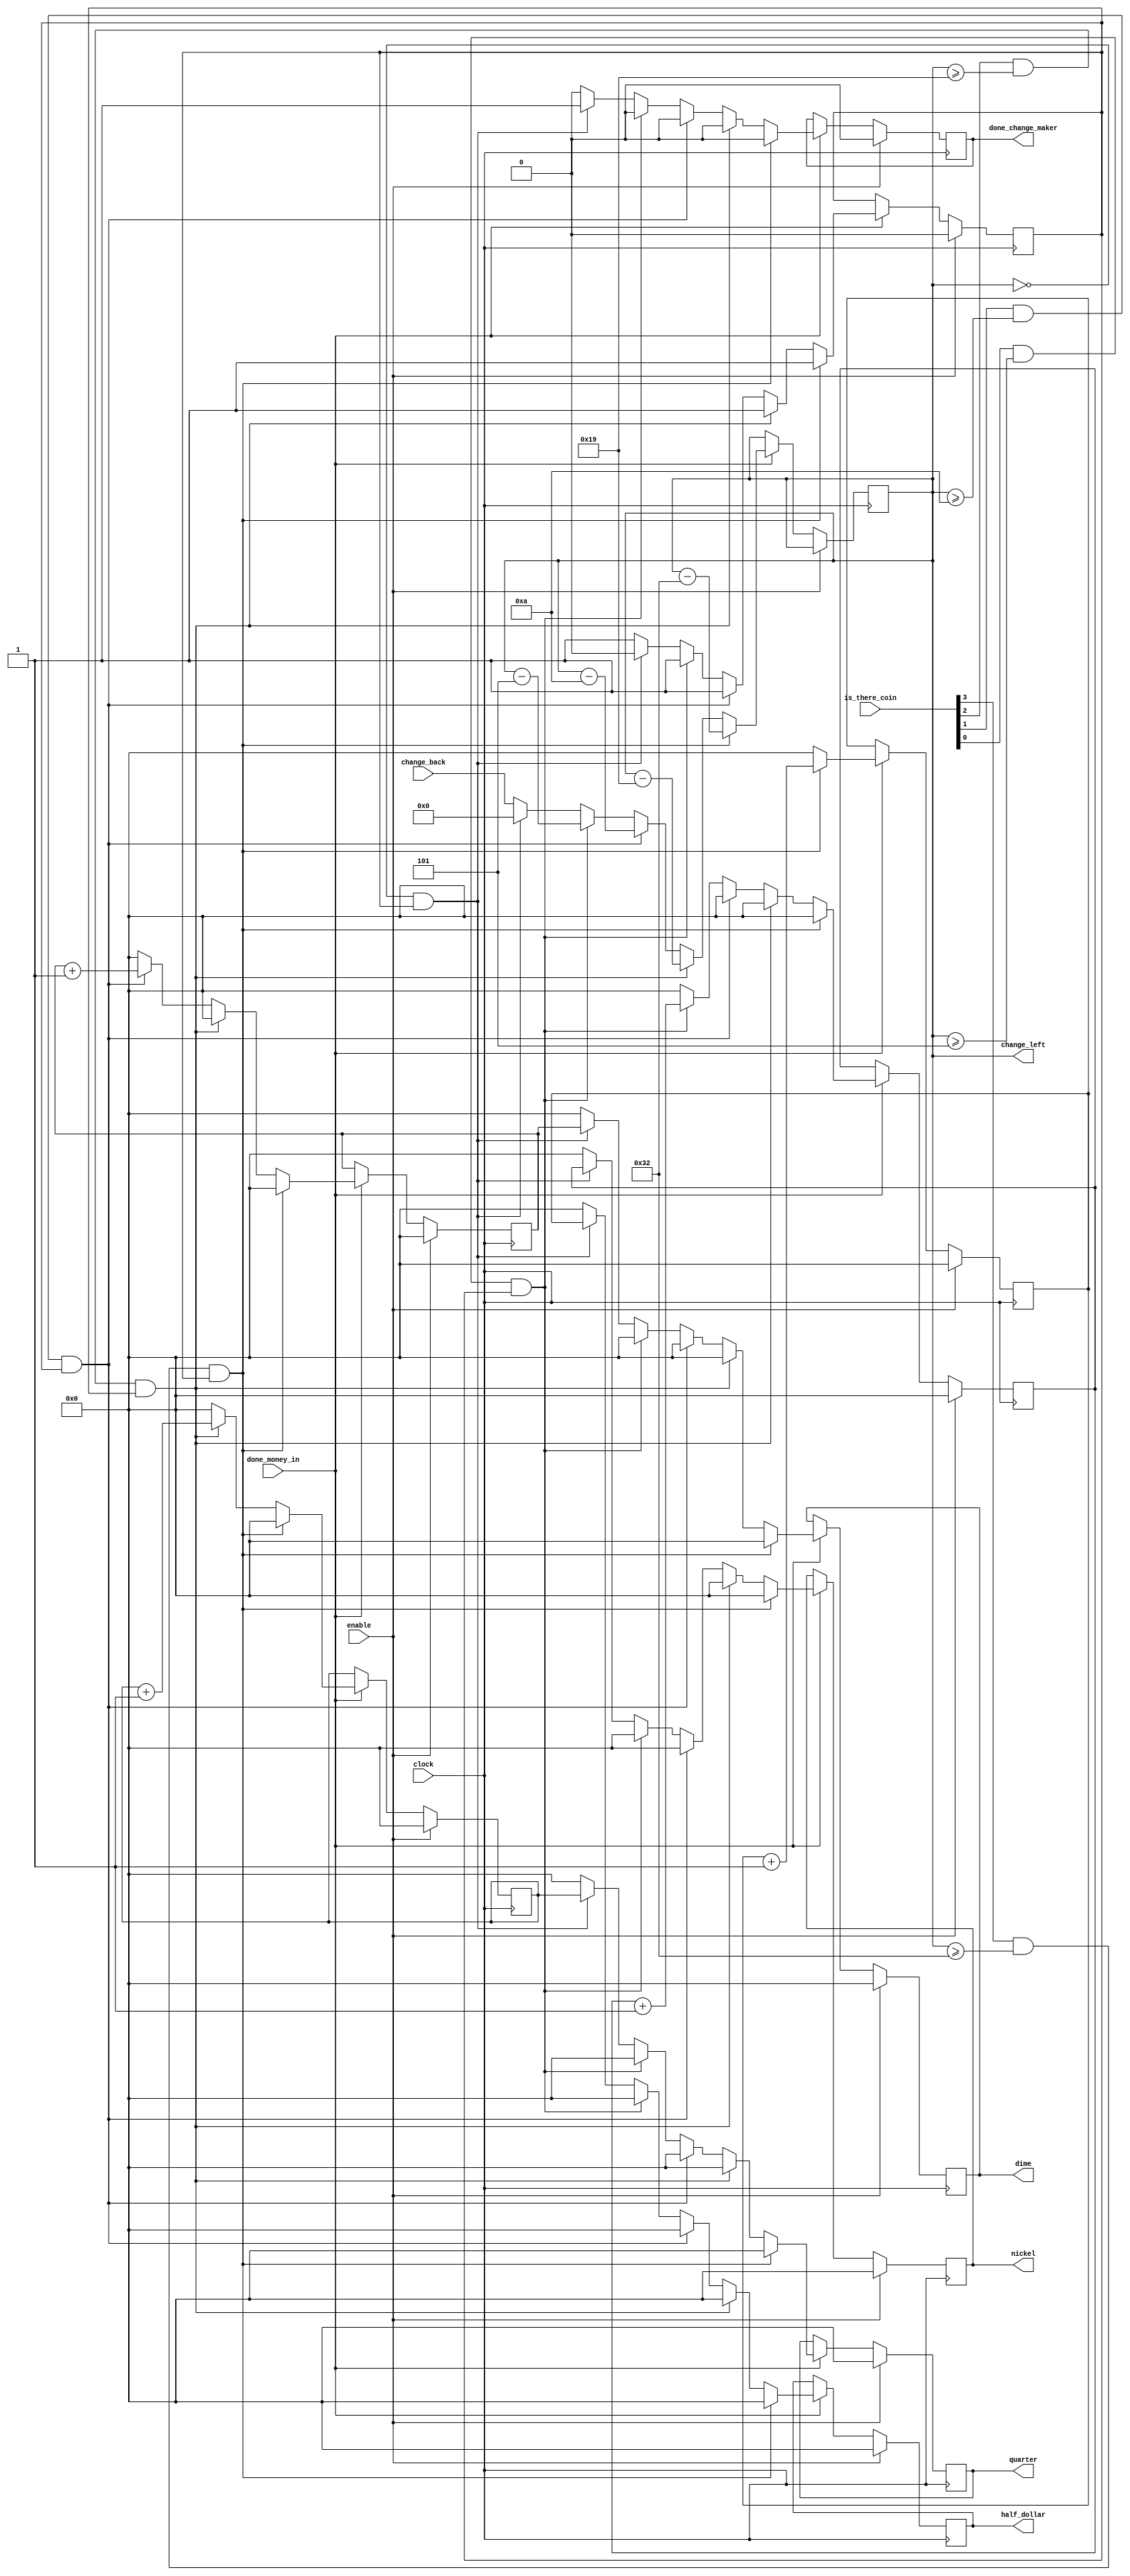
`timescale 1ns / 1ps

module change_maker(
    input clock,
    input enable,
    input done_money_in,
    input [7:0] change_back,
    input [3:0] is_there_coin,
    output reg [3:0] half_dollar,
    output reg [3:0] quarter,
    output reg [3:0] dime,
    output reg [3:0] nickel,
    output reg [7:0] change_left,
    output reg done_change_maker
    );
    
    reg [7:0] count;
    reg start_counting_down;
    reg [3:0] count_half_dollar,count_quarter,count_dime,count_nickel;
    initial begin
        {half_dollar,quarter,dime,nickel,count,
        start_counting_down,done_change_maker,change_left}<=0;
        {count_half_dollar,count_quarter,count_dime,count_nickel}<=0;
    end
    
    
    always @(posedge clock) 
    begin
        if (enable)
            {half_dollar,quarter,dime,nickel,count,start_counting_down,
            done_change_maker,count_half_dollar,count_quarter,count_dime,
            count_nickel}<=0;
        else if (done_money_in)
            begin
                change_left<=change_back;
                start_counting_down<=1;
                done_change_maker<=0;
                {count_half_dollar,count_quarter,count_dime,count_nickel}<=0;
                {half_dollar,quarter,dime,nickel}<=0;
                if(is_there_coin[3] & change_left>=50 & start_counting_down)
                    begin
                        change_left<=change_left-50;
                        count_half_dollar<=count_half_dollar+1;
                    end
                else if(is_there_coin[2] & change_left>=25 & start_counting_down)
                    begin
                        change_left<=change_left-25;
                        count_quarter<=count_quarter+1;
                    end
                else if(is_there_coin[1] & change_left>=10 & start_counting_down)
                    begin
                        change_left<=change_left-10;
                        count_dime<=count_dime+1;
                    end
                else if(is_there_coin[0] & change_left>=5 & start_counting_down)
                    begin
                        change_left<=change_left-5;
                        count_nickel<=count_nickel+1;
                    end
                else if (change_left==0 & start_counting_down)
                begin 
                    half_dollar<=count_half_dollar;
                    quarter<=count_quarter;
                    dime<=count_dime;
                    nickel<=count_nickel;
                    done_change_maker<=1;
                    start_counting_down<=0;
                    change_left<=0;
                end
            end
    end
endmodule